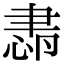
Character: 𦘛